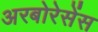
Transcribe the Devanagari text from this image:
अरबोरेसेंस